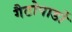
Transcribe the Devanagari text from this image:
गैटोपार्डो